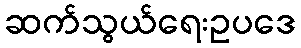
ဆက်သွယ်ရေးဥပဒေ